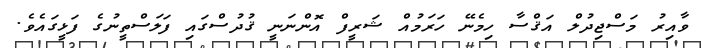
ވާއިރު މަސްޖިދުލް އަޤްސާ ހިމެނޭ ހަރަމުއް ޝަރީފް އޮންނަނީ ޤުދުސްގައި ފަލަސްތީނުގެ ފަޅީގައެވެ.